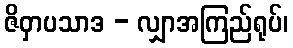
ဇိဝှာပသာဒ - လျှာအကြည်ရုပ်၊